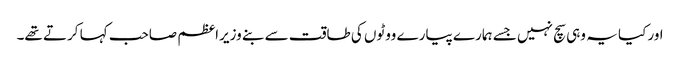
اور کیا یہ وہی سچ نہیں جسے ہمارے پیارے ووٹوں کی طاقت سے بنے وزیراعظم صاحب کہا کرتے تھے۔